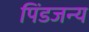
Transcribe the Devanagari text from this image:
पिंडजन्य